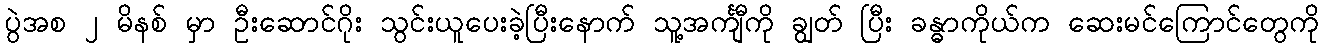
ပွဲအစ ၂ မိနစ် မှာ ဦးဆောင်ဂိုး သွင်းယူပေးခဲ့ပြီးနောက် သူ့အင်္ကျီကို ချွတ် ပြီး ခန္ဓာကိုယ်က ဆေးမင်ကြောင်တွေကို